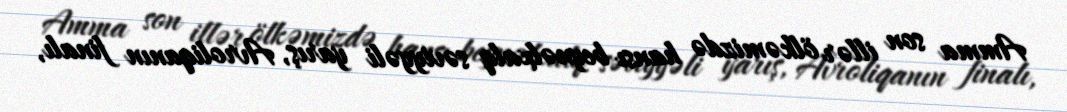
Amma son illər ölkəmizdə hansı beynəlxalq səviyyəli yarış, Avroliqanın finalı,